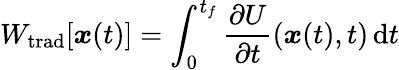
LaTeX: W_{\mathrm{trad}}[{\boldsymbol{x}}(t)]=\int_{0}^{t_{f}}\frac{\partial U}{\partial t}({\boldsymbol{x}}(t),t)\, \mathrm{d}t